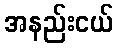
အနည်းငယ်